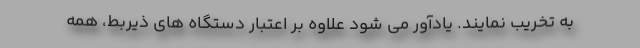
به تخریب نمایند. یادآور می شود علاوه بر اعتبار دستگاه های ذیربط، همه